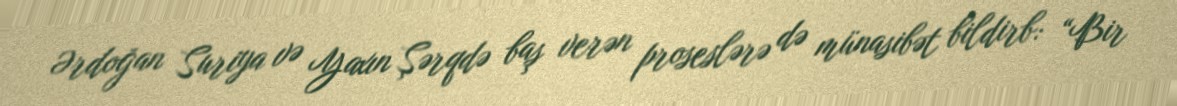
Ərdoğan Suriya və Yaxın Şərqdə baş verən proseslərə də münasibət bildirb: “Bir